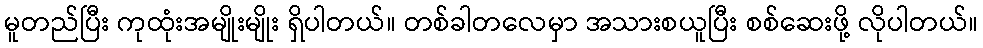
မူတည်ပြီး ကုထုံးအမျိုးမျိုး ရှိပါတယ်။ တစ်ခါတလေမှာ အသားစယူပြီး စစ်ဆေးဖို့ လိုပါတယ်။